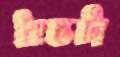
প্রান্তটা